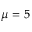
\mu = 5